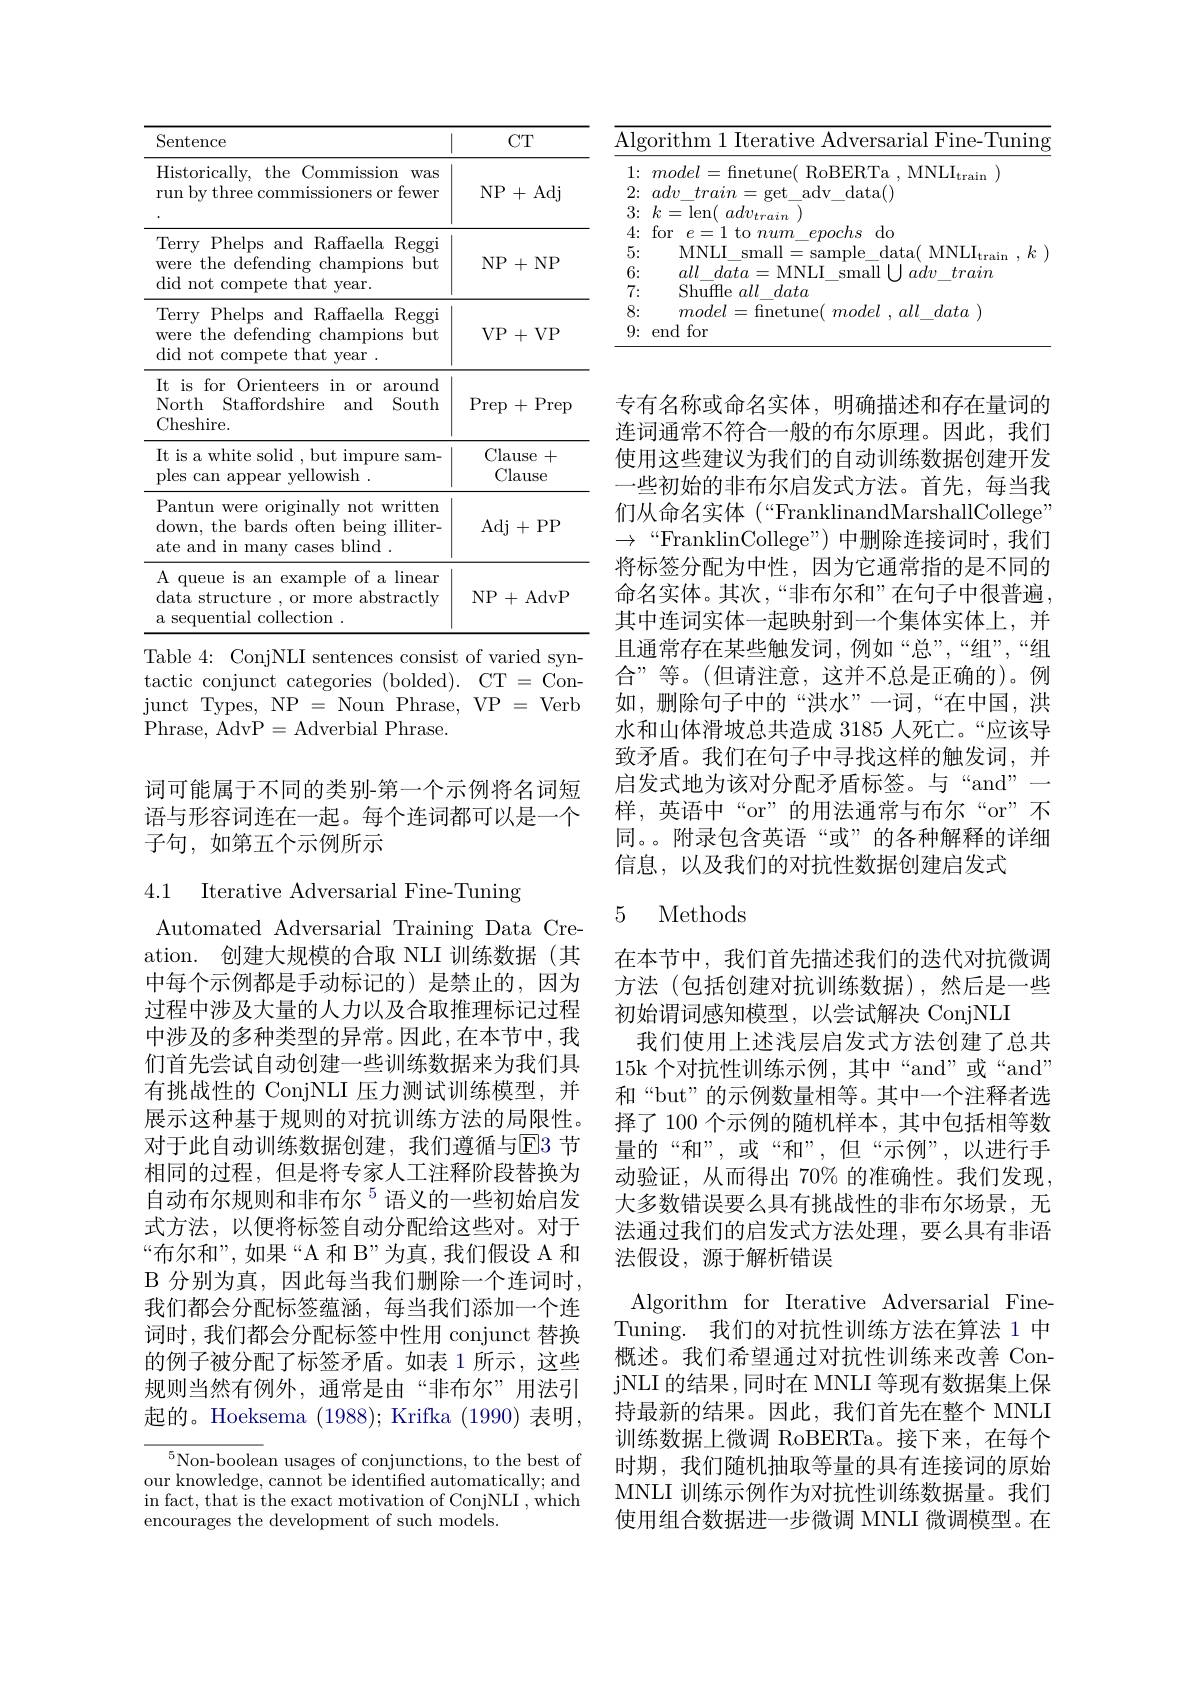
<table>
	<tbody>
		<tr>
			<th>Sentence</th>
			<th>CT</th>
		</tr>
		<tr>
			<td>Historically, the Commission was run by three commissioners or fewer</td>
			<td>NP+Adj</td>
		</tr>
		<tr>
			<td>Terry Phelps and Raffaella Reggi were the defending champions but did not compete that year.</td>
			<td>NP+NP</td>
		</tr>
		<tr>
			<td>Terry Phelps and Raffaella Reggi were the defending champions but did not compete that year .</td>
			<td>VP+VP</td>
		</tr>
		<tr>
			<td>It is for Orienteers in or around North Staffordshire and South Cheshire.</td>
			<td>Prep $\cdot$Prep + $\frac{1}{2}=\frac{1}{2}$ $\frac{1}{2}=\frac{1}{2}=\frac{1}{2}$</td>
		</tr>
		<tr>
			<td>It is a white solid , but impure sam- ples can appear yellowish .</td>
			<td>Clause + Clause</td>
		</tr>
		<tr>
			<td>Pantun were originally not written down, the bards often being illiter- ate and in many cases blind .</td>
			<td>Adj lj+PP</td>
		</tr>
		<tr>
			<td>A queue is an example of a linear data structure , or more abstractly a sequential collection 1</td>
			<td>NP+AdvP</td>
		</tr>
	</tbody>
</table>
Table 4: ConjNLI sentences consist of varied syn-

$\begin{array}{ll}{\mathrm{tactic~conjunct~categories~(bolded).~CT~=~Con-}}\\{\mathrm{junct~Types,~NP~=~Noun~Phrase,~VP~=~Verb}}\end{array}$
Phrase, AdvP=Adverbial Phrase.

词可能属于不同的类别-第一个示例将名词短语与形容词连在一起。每个连词都可以是一个子句，如第五个示例所示

4.1 Iterative Adversarial Fine-Tuning

Automated Adversarial Training Data Creation. 创建大规模的合取 NLI 训练数据(其中每个示例都是手动标记的)是禁止的，因为过程中涉及大量的人力以及合取推理标记过程中涉及的多种类型的异常。因此，在本节中，我们首先尝试自动创建一些训练数据来为我们具有挑战性的 ConjNLI 压力测试训练模型，并展示这种基于规则的对抗训练方法的局限性。对于此自动训练数据创建，我们遵循与E3 节相同的过程，但是将专家人工注释阶段替换为自动布尔规则和非布尔$^{5}$语义的一些初始启发式方法，以便将标签自动分配给这些对。对于“布尔和”, 如果“A 和 B”为真，我们假设 A 和B 分别为真，因此每当我们删除一个连词时， 我们都会分配标签蕴涵，每当我们添加一个连词时，我们都会分配标签中性用 conjunct 替换的例子被分配了标签矛盾。如表 1 所示，这些规则当然有例外，通常是由“非布尔”用法引起的。Hoeksema (1988); Krifka (1990) 表明，

$^{5}$Non-boolean usages of conjunctions, to the best of our knowledge, cannot be identified automatically; and in fact, that is the exact motivation of ConjNLI , which encourages the development of such models.

<table>
	<tbody>
		<tr>
			<td colspan="2">Algorithm 1 Iterative Adversarial Fine-Tuning</td>
		</tr>
		<tr>
			<td>1: -</td>
			<td>$model=$fnetune( RoBERTa, MNLI$_\mathrm{train}$</td>
		</tr>
		<tr>
			<td>2: 1</td>
			<td>data( $adn$, $tra\dot{n}m$ $Pf$ adv</td>
		</tr>
		<tr>
			<td>3:</td>
			<td>$k^{*}$ := $\operatorname{len}($ $mf$</td>
		</tr>
		<tr>
			<td>4:</td>
			<td>for 111 epochs $do$ - num</td>
		</tr>
		<tr>
			<td>5:</td>
			<td>MNLI small amnle data( $\Lambda J$ $\lambda N|.$</td>
		</tr>
		<tr>
			<td>6:</td>
			<td>all data MNLI small 111 $ad_{7}$ train</td>
		</tr>
		<tr>
			<td>7.</td>
			<td>Shuffle all data</td>
		</tr>
		<tr>
			<td>8:</td>
			<td>all data madel</td>
		</tr>
		<tr>
			<td>9:</td>
			<td>end $\textbf{l for}$</td>
		</tr>
	</tbody>
</table>

专有名称或命名实体，明确描述和存在量词的连词通常不符合一般的布尔原理。因此，我们使用这些建议为我们的自动训练数据创建开发一些初始的非布尔启发式方法。首先，每当我们从命名实体 (“FranklinandMarshallCollege” $\to~“$FranklinCollege")中删除连接词时，我们将标签分配为中性，因为它通常指的是不同的命名实体。其次，“非布尔和”在句子中很普遍， 其中连词实体一起映射到一个集体实体上，并且通常存在某些触发词，例如“总”,“组”,“组合”等。(但请注意，这并不总是正确的)。例如，删除句子中的“洪水”一词，“在中国，洪水和山体滑坡总共造成 3185 人死亡。“应该导致矛盾。我们在句子中寻找这样的触发词，并启发式地为该对分配矛盾标签。与“and”一样，英语中“or”的用法通常与布尔“or”不同。。附录包含英语“或”的各种解释的详细信息，以及我们的对抗性数据创建启发式

## 5 Methods

在本节中，我们首先描述我们的迭代对抗微调方法(包括创建对抗训练数据),然后是一些初始谓词感知模型，以尝试解决 ConjNLI
我们使用上述浅层启发式方法创建了总共15k 个对抗性训练示例，其中“and”或“and” 和“but”的示例数量相等。其中一个注释者选择了 100 个示例的随机样本，其中包括相等数量的“和”,或“和”,但“示例”,以进行手动验证，从而得出 70% 的准确性。我们发现， 大多数错误要么具有挑战性的非布尔场景，无法通过我们的启发式方法处理，要么具有非语法假设，源于解析错误
Algorithm for Iterative Adversarial FineTuning. 我们的对抗性训练方法在算法 1 中概述。我们希望通过对抗性训练来改善 ConjNLI 的结果，同时在 MNLI 等现有数据集上保持最新的结果。因此，我们首先在整个 MNLI 训练数据上微调 RoBERTa。接下来，在每个时期，我们随机抽取等量的具有连接词的原始MNLI 训练示例作为对抗性训练数据量。我们使用组合数据进一步微调 MNLI 微调模型。在